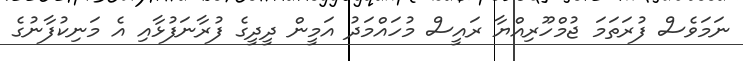
ނަމަވެސް ފުރަތަމަ ޖުމްހޫރިއްޔާ ރައީސް މުހައްމަދު އަމީން ދީދީގެ ފުރާނަފުޅާއި އެ މަނިކުފާނުގެ